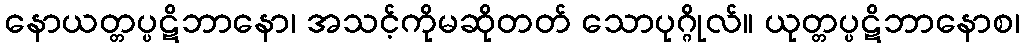
နောယတ္တပ္ပဋိဘာနော၊ အသင့်ကိုမဆိုတတ် သောပုဂ္ဂိုလ်။ ယုတ္တပ္ပဋိဘာနောစ၊